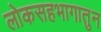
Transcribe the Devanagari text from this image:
लोकसहभागातुन